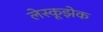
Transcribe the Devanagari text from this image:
लेस्कूझेक